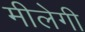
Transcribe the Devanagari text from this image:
मीलेगी